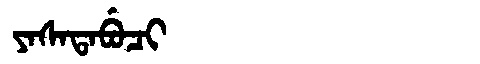
Manchu: ᠶᠠᠰᠠᡨᠠᠪᡠᠴᡳ
Romanization: YASATABUCI